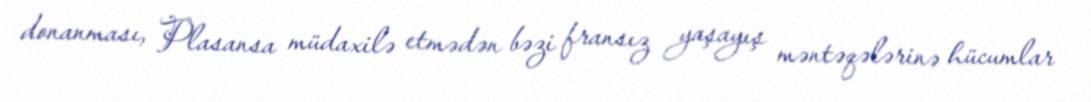
donanması, Plasansa müdaxilə etmədən bəzi fransız yaşayış məntəqələrinə hücumlar